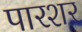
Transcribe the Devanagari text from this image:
पारशर